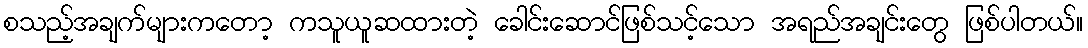
စသည့်အချက်များကတော့ ကသူယူဆထားတဲ့ ခေါင်းဆောင်ဖြစ်သင့်သော အရည်အချင်းတွေ ဖြစ်ပါတယ်။